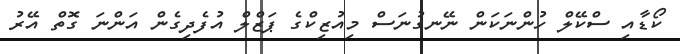
ކޯޑާއި ސްކޭލް ހުންނަކަން ނޭނގުނަސް މިއުޒިކްގެ ޕަޒްލް އުފެދިގެން އަންނަ ގޮތް އޭރު